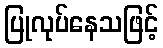
ပြုလုပ်နေသဖြင့်